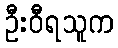
ဦးဝီရသူက